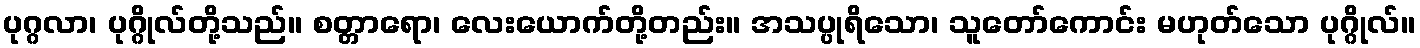
ပုဂ္ဂလာ၊ ပုဂ္ဂိုလ်တို့သည်။ စတ္တာရော၊ လေးယောက်တို့တည်း။ အသပ္ပုရိသော၊ သူတော်ကောင်း မဟုတ်သော ပုဂ္ဂိုလ်။